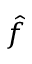
\hat { f }